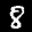
Label: 8